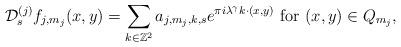
LaTeX: \begin{align*}\mathcal{D}_s^{(j)}f_{j,m_j}(x,y)=\sum_{k\in\mathbb{Z}^2}a_{j,m_j,k,s}e^{\pi i\lambda^\gamma k\cdot(x,y)} \textrm{ for $(x,y)\in Q_{m_j}$},\end{align*}